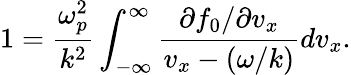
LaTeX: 1=\frac{\omega_{p}^{2}}{k^{2}}\int_{-\infty}^{\infty}\frac{\partial f_{0}/\partial v_{x}}{v_{x}-(\omega/k)}dv_{x}.